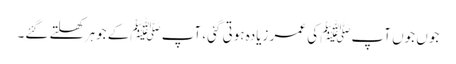
جوں جوں آپﷺ کی عمر زیادہ ہوتی گئی، آپ ﷺکے جوہر کھلتے گئے۔